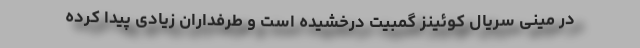
در مینی سریال کوئینز گمبیت درخشیده است و طرفداران زیادی پیدا کرده